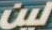
لين